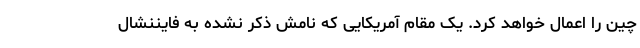
چین را اعمال خواهد کرد. یک مقام آمریکایی که نامش ذکر نشده به فایننشال